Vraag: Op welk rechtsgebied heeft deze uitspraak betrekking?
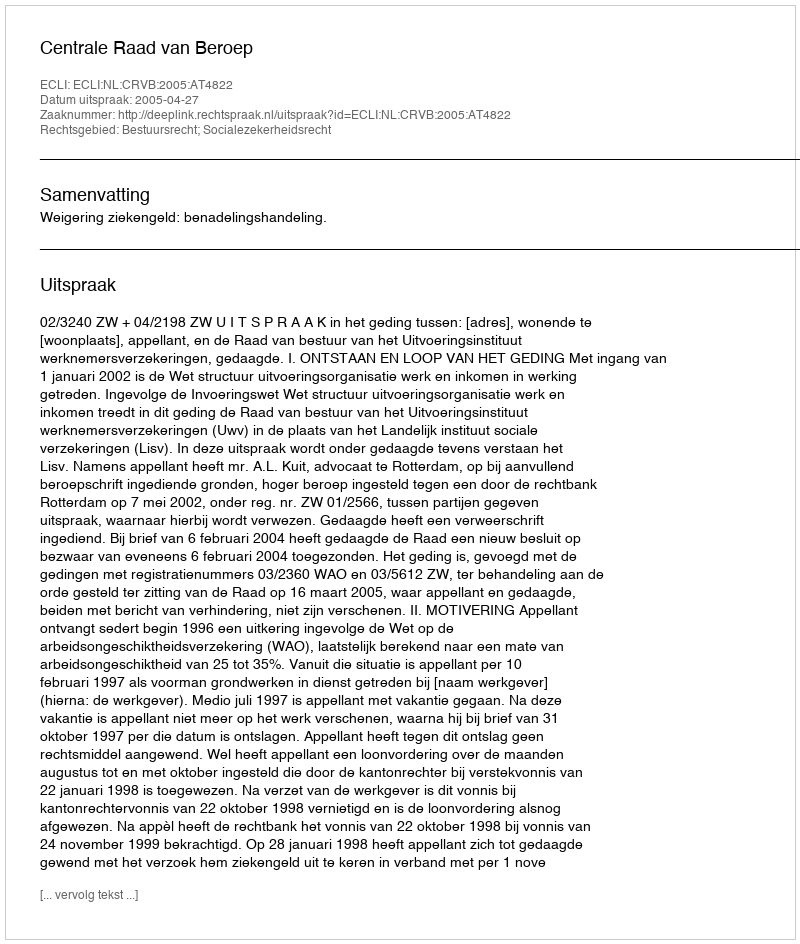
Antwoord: Bestuursrecht; Socialezekerheidsrecht